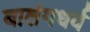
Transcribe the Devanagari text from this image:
बालंगधर्व